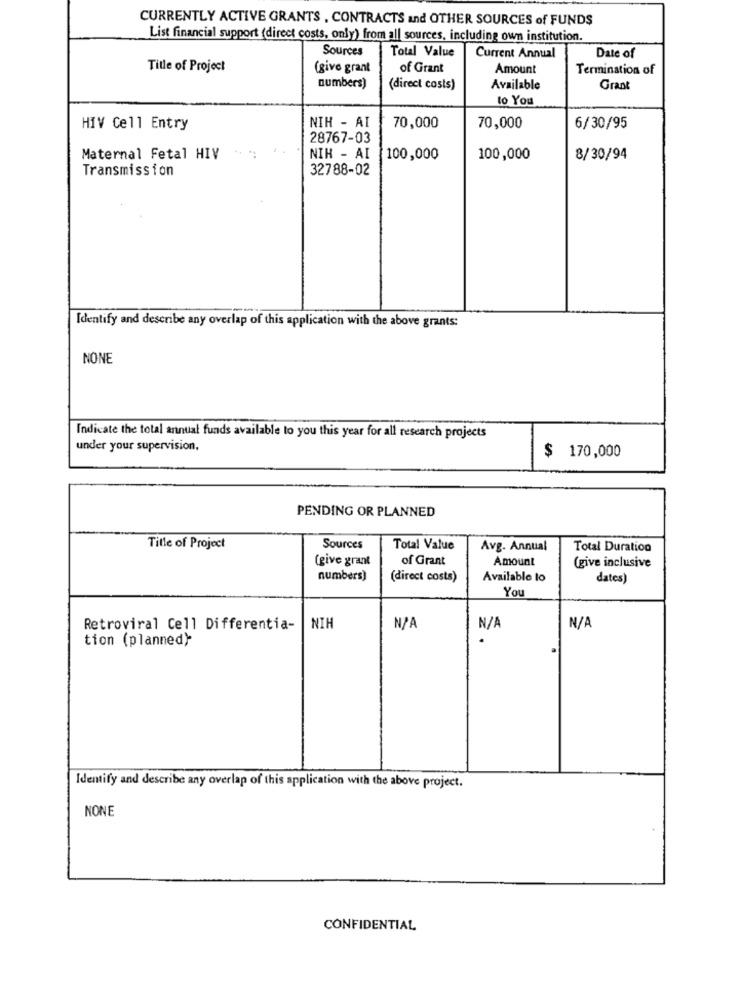
CURRENTLY ACTIVE GRANTS , CONTRACTS and OTHER SOURCES of FUNDS
List financial support (direct costs, only) from all sources, including own institution.
Sources
Total Value
Date of
Current Annual
Title of Project
(give grant
of Grant
Amount
Termination of
numbers)
(direct costs)
Available
Grant
to You
HIV Cell Entry
NIH - AI
70,000
70,000
6/30/95
28767-03
Maternal Fetal HIV
NIH - AI
100,000
100,000
8/30/94
Transmission
32788-02
Identify and describe any overlap of this application with the above grants:
NONE
Indicate the total annual funds available to you this year for all research projects
under your supervision.
$ 170,000
PENDING OR PLANNED
Title of Project
Sources
Total Value
Avg. Annual
Total Duration
(give grant
of Grant
Amount
(give inclusive
numbers)
(direct costs)
Available to
dates)
You
Retroviral Cell Differentia-
NIH
tion (planned>
Identify and describe any overlap of this application with the above project.
NONE
CONFIDENTIAL